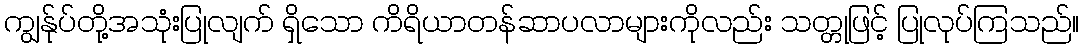
ကျွန်ုပ်တို့အသုံးပြုလျက် ရှိသော ကိရိယာတန်ဆာပလာများကိုလည်း သတ္တုဖြင့် ပြုလုပ်ကြသည်။